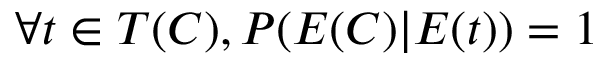
\forall t \in T ( C ) , P ( E ( C ) | E ( t ) ) = 1